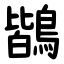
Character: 鶛